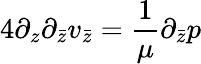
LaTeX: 4\partial_{z}\partial_{\bar{z}}v_{\bar{z}}=\frac{1}{\mu}\partial_{\bar{z}}p